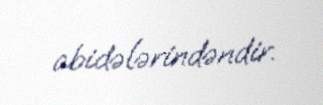
abidələrindəndir.